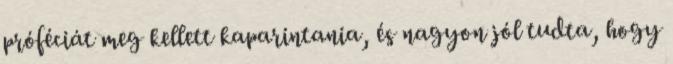
próféciát meg kellett kaparintania, és nagyon jól tudta, hogy